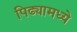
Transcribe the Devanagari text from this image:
पिढ्यामध्ये